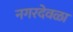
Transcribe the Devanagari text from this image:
नगरदेवळा